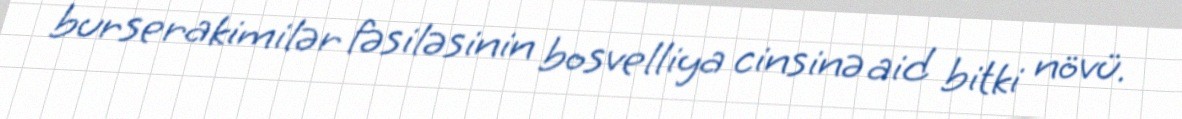
burserakimilər fəsiləsinin bosvelliya cinsinə aid bitki növü.